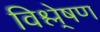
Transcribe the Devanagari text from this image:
विश्ले्षण